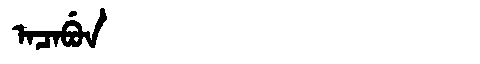
Manchu: ᠠᠴᠠᠪᡠᠨ
Romanization: ACABUN